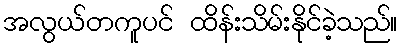
အလွယ်တကူပင် ထိန်းသိမ်းနိုင်ခဲ့သည်။